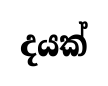
දයක්